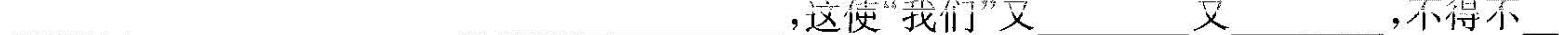
___,这使“我们”又___又___,不得不